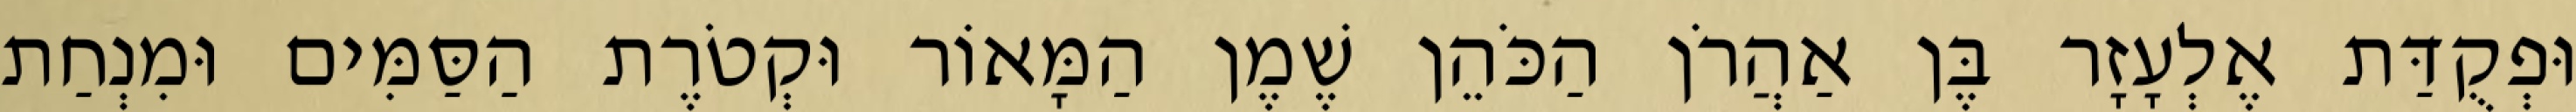
וּפְקֻדַּת אֶלְעָזָר בֶּן אַהֲרֹן הַכֹּהֵן שֶׁמֶן הַמָּאוֹר וּקְטֹרֶת הַסַּמִּים וּמִנְחַת